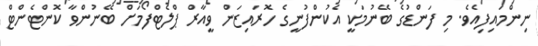
ނިންމައިފިއެވެ. މި ފަންޑުގެ ބޭނުމަކީ އެކުންފުނީގެ ހޮރައިޒަން ވީއާރް ޕްލެޓްފޯމަށް ބޭނުންވާ ކޮންޓެންޓް